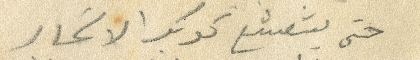
حتى يشعشع كوكب الالحان